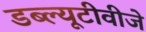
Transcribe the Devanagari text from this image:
डब्ल्यूटीवीजे